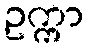
ဥက္ကာ